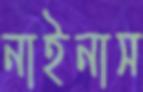
নাইনাস